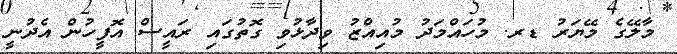
މާލޭގެ މޭޔަރު ޑރ. މުހައްމަދު މުއިއްޒު ވިދާޅުވި ގޮތުގައި ރައީސް އޮފީހުން އެދުނީ